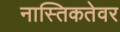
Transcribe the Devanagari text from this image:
नास्तिकतेवर